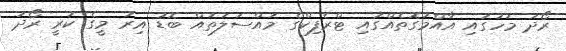
ރޯދަ މަހުގައި އާއްމުގޮތެއްގައި ޓްރެފިކްގެ މައްސަލަތައް ބޮޑު އިރު މީގެ ކުރީ ރޯދަ